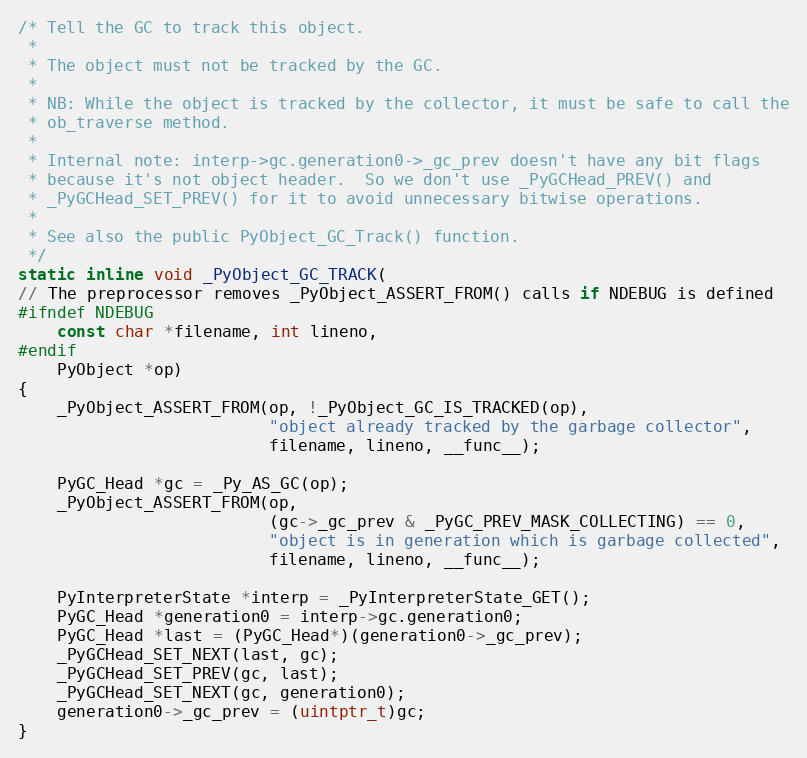
Language: C
/* Tell the GC to track this object.
 *
 * The object must not be tracked by the GC.
 *
 * NB: While the object is tracked by the collector, it must be safe to call the
 * ob_traverse method.
 *
 * Internal note: interp->gc.generation0->_gc_prev doesn't have any bit flags
 * because it's not object header.  So we don't use _PyGCHead_PREV() and
 * _PyGCHead_SET_PREV() for it to avoid unnecessary bitwise operations.
 *
 * See also the public PyObject_GC_Track() function.
 */
static inline void _PyObject_GC_TRACK(
// The preprocessor removes _PyObject_ASSERT_FROM() calls if NDEBUG is defined
#ifndef NDEBUG
    const char *filename, int lineno,
#endif
    PyObject *op)
{
    _PyObject_ASSERT_FROM(op, !_PyObject_GC_IS_TRACKED(op),
                          "object already tracked by the garbage collector",
                          filename, lineno, __func__);

    PyGC_Head *gc = _Py_AS_GC(op);
    _PyObject_ASSERT_FROM(op,
                          (gc->_gc_prev & _PyGC_PREV_MASK_COLLECTING) == 0,
                          "object is in generation which is garbage collected",
                          filename, lineno, __func__);

    PyInterpreterState *interp = _PyInterpreterState_GET();
    PyGC_Head *generation0 = interp->gc.generation0;
    PyGC_Head *last = (PyGC_Head*)(generation0->_gc_prev);
    _PyGCHead_SET_NEXT(last, gc);
    _PyGCHead_SET_PREV(gc, last);
    _PyGCHead_SET_NEXT(gc, generation0);
    generation0->_gc_prev = (uintptr_t)gc;
}